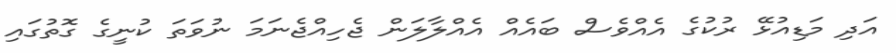
އަދި މަޑިއުޅޭ ރުކުގެ އެއްވެސް ބައެއް އެއްލާލަން ޖެހިއްޖެނަމަ ނުވަތަ ކުނީގެ ގޮތުގައި